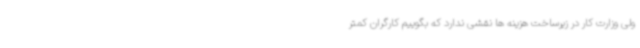
ولی وزارت کار در زیرساخت هزینه ها نقشی ندارد که بگوییم کارگران کمتر